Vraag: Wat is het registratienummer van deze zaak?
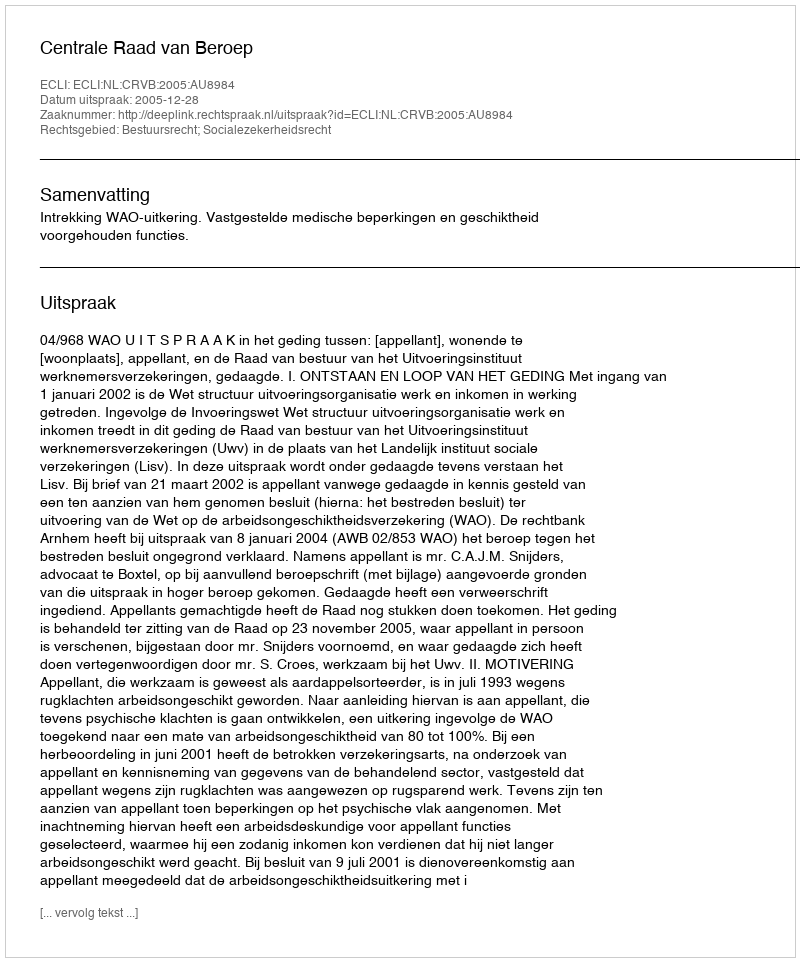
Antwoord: http://deeplink.rechtspraak.nl/uitspraak?id=ECLI:NL:CRVB:2005:AU8984